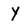
Character: Y